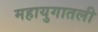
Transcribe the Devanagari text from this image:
महायुगातली